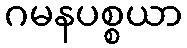
ဂမနပစ္စယာ